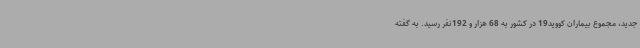
جدید، مجموع بیماران کووید19 در کشور به 68 هزار و 192نفر رسید. به گفته